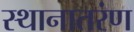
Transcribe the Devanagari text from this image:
स्थानातरंण